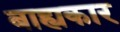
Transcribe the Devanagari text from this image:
बाह्यकार